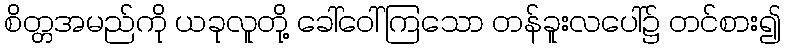
စိတ္တအမည်ကို ယခုလူတို့ ခေါ်ဝေါ်ကြသော တန်ခူးလပေါ်၌ တင်စား၍